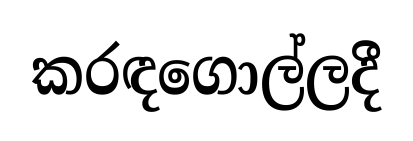
කරඳගොල්ලදී